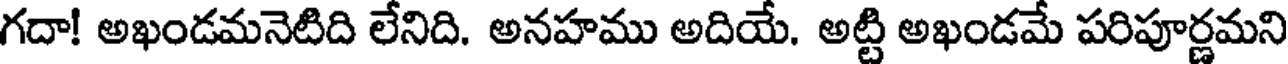
గదా! అఖండమనెటిది లేనిది. అనహము అదియే. అట్టి అఖండమే పరిపూర్ణమని